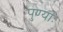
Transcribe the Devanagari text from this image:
पुण्याः